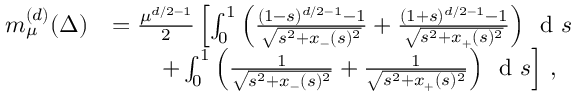
\begin{array} { r l } { m _ { \mu } ^ { ( d ) } ( \Delta ) } & { = \frac { \mu ^ { d / 2 - 1 } } { 2 } \left[ \int _ { 0 } ^ { 1 } \left( \frac { ( 1 - s ) ^ { d / 2 - 1 } - 1 } { \sqrt { s ^ { 2 } + x _ { - } ( s ) ^ { 2 } } } + \frac { ( 1 + s ) ^ { d / 2 - 1 } - 1 } { \sqrt { s ^ { 2 } + x _ { + } ( s ) ^ { 2 } } } \right) \, \textnormal { d } s \right. } \\ & { \qquad \left. + \int _ { 0 } ^ { 1 } \left( \frac { 1 } { \sqrt { s ^ { 2 } + x _ { - } ( s ) ^ { 2 } } } + \frac { 1 } { \sqrt { s ^ { 2 } + x _ { + } ( s ) ^ { 2 } } } \right) \, \textnormal { d } s \right] \, , } \end{array}